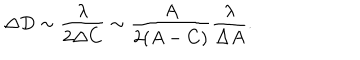
LaTeX: \Delta D \sim \frac { \lambda } { 2 \Delta C } \sim \frac { A } { 2 ( A - C ) } \frac { \lambda } { \Delta A } .